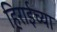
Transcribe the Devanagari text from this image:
हिराईच्या